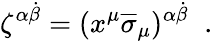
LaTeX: \zeta^{\alpha\dot{\beta}}=(x^{\mu}\overline{{\sigma}}_{\mu})^{\alpha\dot{\beta}}\; \; .